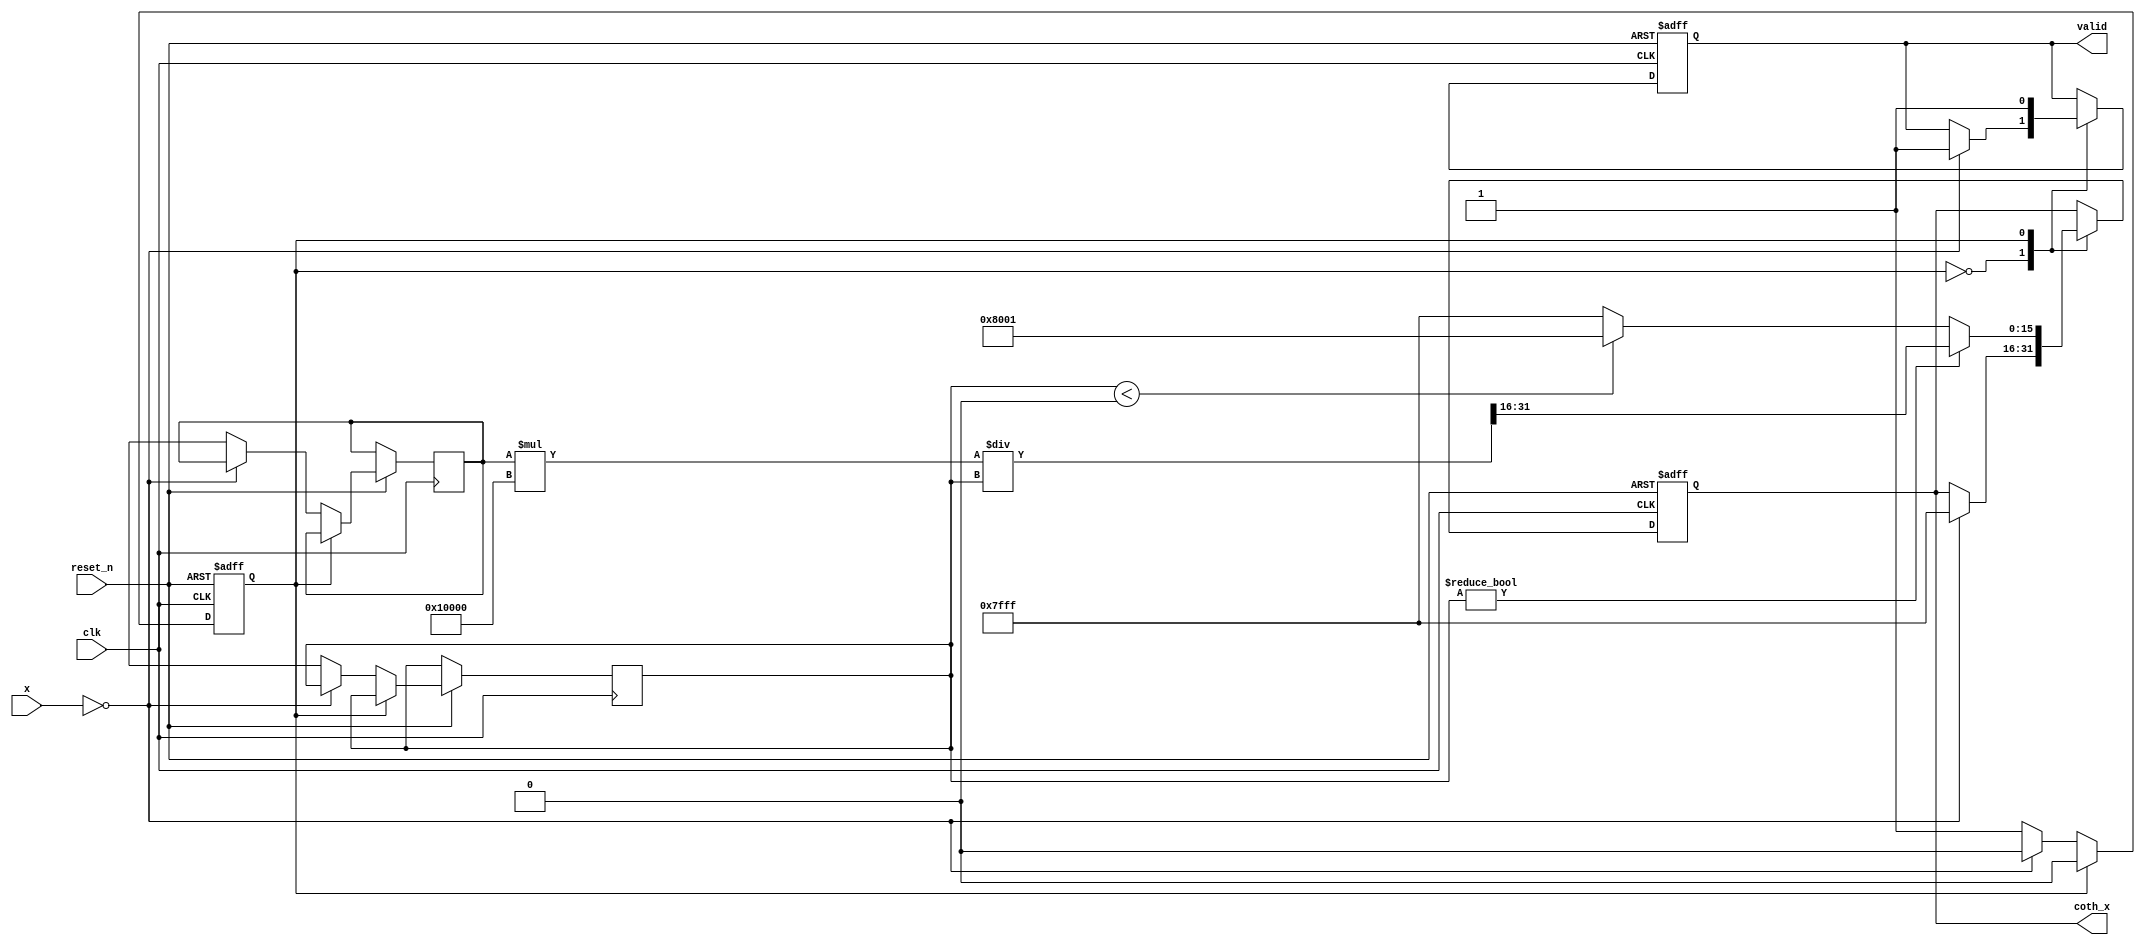
module hyperbolic_cotangent(
    input wire clk,
    input wire reset_n,
    input wire signed [15:0] x,  // Fixed-point input (16-bit)
    output reg signed [15:0] coth_x, // Fixed-point output (16-bit)
    output reg valid // Indicates valid output
);

    // Internal signals
    reg signed [31:0] cosh_x; // High precision for intermediate results
    reg signed [31:0] sinh_x;
    reg signed [31:0] temp_coth;
    reg state; // State for computation
    parameter IDLE = 1'b0, COMPUTE = 1'b1;

    // Taylor series constants for cosh and sinh
    localparam COSH_SCALE = 18; // Scale for fixed-point representation
    localparam SINH_SCALE = 18; // Scale for fixed-point representation

    // Cosh function approximation using Taylor series
    function signed [31:0] cosh;
        input signed [15:0] x;
        begin
            cosh = (1 << COSH_SCALE) + (x * x) / (2 * (1 << COSH_SCALE)) + (x * x * x * x) / (24 * (1 << (2 * COSH_SCALE))) + 
                    (x * x * x * x * x * x) / (720 * (1 << (3 * COSH_SCALE)));
        end
    endfunction

    // Sinh function approximation using Taylor series
    function signed [31:0] sinh;
        input signed [15:0] x;
        begin
            sinh = x / (1 << SINH_SCALE) + (x * x * x) / (6 * (1 << (2 * SINH_SCALE))) + 
                   (x * x * x * x * x) / (120 * (1 << (3 * SINH_SCALE)));
        end
    endfunction

    // Main computation process
    always @(posedge clk or negedge reset_n) begin
        if (!reset_n) begin
            coth_x <= 16'b0;
            valid <= 0;
            state <= IDLE;
        end else begin
            case (state)
                IDLE: begin
                    if (x == 0) begin
                        coth_x <= 16'h7FFF; // Return max value for infinity
                        valid <= 1;
                    end else begin
                        cosh_x <= cosh(x);
                        sinh_x <= sinh(x);
                        state <= COMPUTE;
                    end
                end

                COMPUTE: begin
                    if (sinh_x != 0) begin
                        temp_coth = (cosh_x * (1 << 16)) / sinh_x; // Scale for fixed-point division
                        coth_x <= temp_coth[31:16]; // Get the upper 16 bits
                    end else if (sinh_x < 0) begin
                        coth_x <= -16'h7FFF; // Negative infinity
                    end else begin
                        coth_x <= 16'h7FFF; // Positive infinity
                    end
                    valid <= 1; // Indicate that output is valid
                    state <= IDLE; // Go back to IDLE
                end

                default: state <= IDLE;
            endcase
        end
    end
endmodule